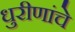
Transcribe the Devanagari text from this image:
धुरीणांचे